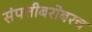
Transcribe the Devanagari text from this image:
संपत्तीबरोबरच